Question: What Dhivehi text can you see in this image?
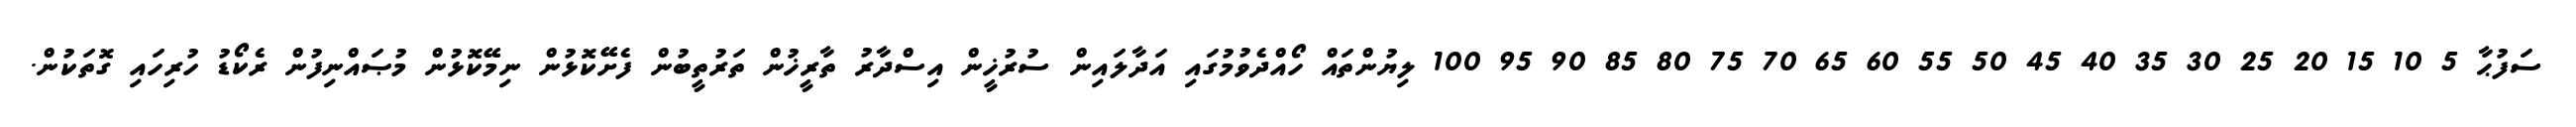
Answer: ސަފުޙާ 5 10 15 20 25 30 35 40 45 50 55 60 65 70 75 80 85 90 95 100 ލިޔުންތައް ހޯއްދެވުމުގައި އަދާލައިން ސުރުޚީން އިސްދާރު ތާރީޚުން ތަރުތީބުން ފެށޭކޮޅުން ނިމޭކޮޅުން މުޞައްނިފުން ރެކޯޑު ހުރިހައި ގޮތަކުން.